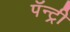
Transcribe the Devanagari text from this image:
पॅन्ट्री